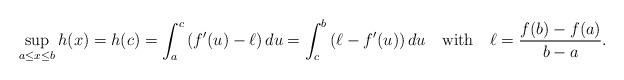
LaTeX: \begin{align*}\sup_{a\le x\le b}h(x)=h(c)=\int_{a}^{c}\left(f'(u)-\ell\right)du=\int_{c}^{b}\left(\ell-f'(u)\right)du\quad\mbox{with}\quad\ell={f(b)-f(a)\over b-a}.\end{align*}